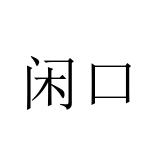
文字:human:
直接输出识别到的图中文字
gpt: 闲口